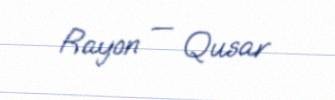
Rayon — Qusar